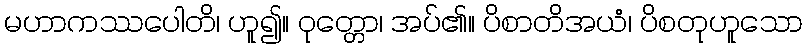
မဟာကဿပေါတိ၊ ဟူ၍။ ဝုတ္တော၊ အပ်၏။ ပိစာတိအယံ၊ ပိစတုဟူသော